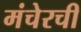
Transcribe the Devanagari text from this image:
मंचेरची